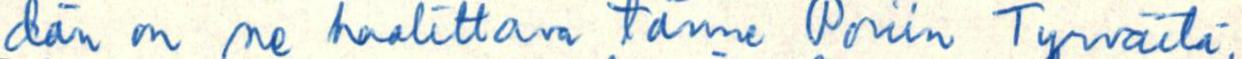
dän on ne haalittava tänne Poriin Tyrväitä,